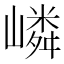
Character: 嶙